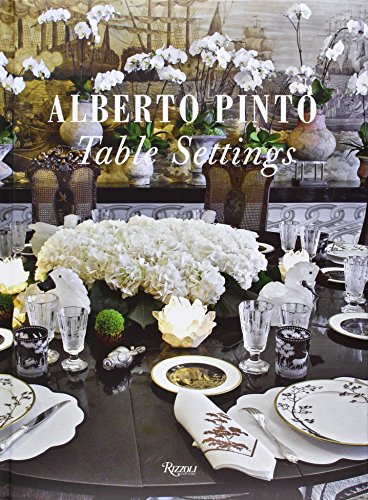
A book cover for Alberto Pinto: Table Settings; Alberto Pinto; Cookbooks, Food & Wine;